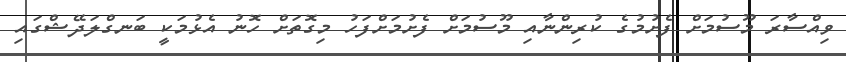
ވިއްސާރަ މޫސުމަށް ފެށުމުގެ ކުރިންނާއި މޫސުމަށް ފެށުމަށްފަހު މިގޮތަށް ހޮނު އެޅުމަކީ ބަނގްލަދޭޝްގައި